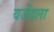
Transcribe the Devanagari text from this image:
वजेंदला